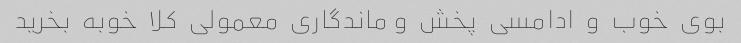
بوی  خوب  و  ادامسی  پخش  و ماندگاری  معمولی  کلا  خوبه  بخرید